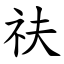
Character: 䃿